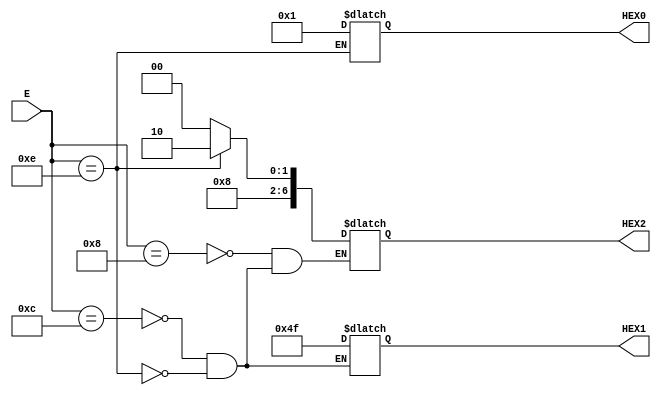
module decodificarovetor(E, HEX0,HEX1,HEX2);

input [3:0]E;
output reg [0:6]HEX0;
output reg [0:6]HEX1;
output reg [0:6]HEX2;

always@(*)
begin

case(E)
/*
4'b0000: HEX = 7'b0000001;//0
//1 
4'b0001: HEX = 7'b1001111;
//2
4'b0010: HEX = 7'b0010010;
//3
4'b0011: HEX = 7'b0000110;
//4
4'b0100: HEX = 7'b1001100;
//5
4'b0101: HEX = 7'b0100100;
//6
4'b0110: HEX = 7'b0100000;
//7
4'b0111: HEX = 7'b0001111;
//8
4'b1000: HEX = 7'b0000000;
//9
4'b1001: HEX = 7'b0000100;
default; HEX = 7'b1111101;
*/
4'b1000: HEX2 = 7'b0100000;
4'b1100: 
begin
HEX2 = 7'b0100000;
HEX1 = 7'b1001111;
end
4'b1110: 
begin
HEX2 = 7'b0100010;
HEX1 = 7'b1001111;
HEX0 = 7'b0000001;
end
endcase
end


endmodule